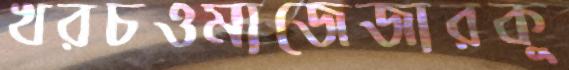
খরচওমাজেজারকু